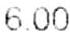
6.00